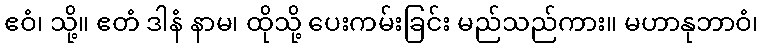
ဧဝံ၊ သို့။ ဧတံ ဒါနံ နာမ၊ ထိုသို့ ပေးကမ်းခြင်း မည်သည်ကား။ မဟာနုဘာဝံ၊